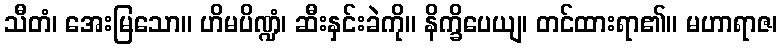
သီတံ၊ အေးမြသော။ ဟိမပိဏ္ဍံ၊ ဆီးနှင်းခဲကို။ နိက္ခိပေယျ၊ တင်ထားရာ၏။ မဟာရာဇ၊